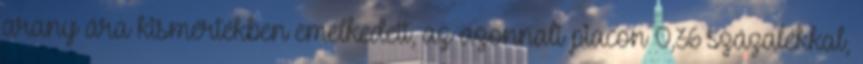
arany ára kismértékben emelkedett, az azonnali piacon 0,36 százalékkal,